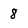
Character: 8